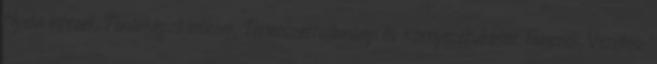
Nyelvi Intézet, Tanárképzõ Intézet, Természettudományi és Környezetvédelmi Tanszék, Vezetés-